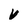
Character: V